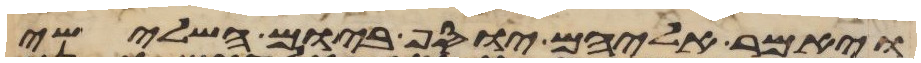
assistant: ויאמר אליהם יוסף ביום השלישי